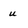
Character: u